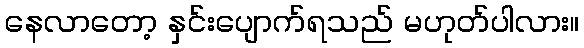
နေလာတော့ နှင်းပျောက်ရသည် မဟုတ်ပါလား။